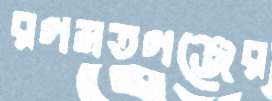
রগমতগঞ্জের